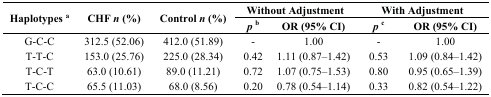
<table><thead><tr><td rowspan="2"><b>Haplotypes <sup>a</sup></b></td><td rowspan="2"><b>CHF <i>n</i> (%)</b></td><td rowspan="2"><b>Control <i>n</i> (%)</b></td><td colspan="2"><b>Without Adjustment</b></td><td colspan="2"><b>With Adjustment</b></td></tr><tr><td><b><i>p</i><sup>b</sup></b></td><td><b>OR (95% CI)</b></td><td><b><i>p</i><sup>c</sup></b></td><td><b>OR (95% CI)</b></td></tr></thead><tbody><tr><td>G-C-C</td><td>312.5 (52.06)</td><td>412.0 (51.89)</td><td>-</td><td>1.00</td><td>-</td><td>1.00</td></tr><tr><td>T-T-C</td><td>153.0 (25.76)</td><td>225.0 (28.34)</td><td>0.42</td><td>1.11 (0.87–1.42)</td><td>0.53</td><td>1.09 (0.84–1.42)</td></tr><tr><td>T-C-T</td><td>63.0 (10.61)</td><td>89.0 (11.21)</td><td>0.72</td><td>1.07 (0.75–1.53)</td><td>0.80</td><td>0.95 (0.65–1.39)</td></tr><tr><td>T-C-C</td><td>65.5 (11.03)</td><td>68.0 (8.56)</td><td>0.20</td><td>0.78 (0.54–1.14)</td><td>0.33</td><td>0.82 (0.54–1.22)</td></tr></tbody></table>